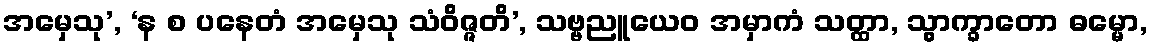
အမှေသု’, ‘န စ ပနေတံ အမှေသု သံဝိဇ္ဇတိ’, သဗ္ဗညူယေဝ အမှာကံ သတ္ထာ, သွာက္ခာတော ဓမ္မော,